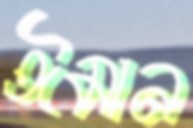
ঈমান